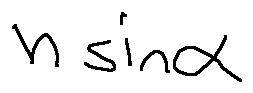
n \sin \alpha